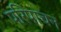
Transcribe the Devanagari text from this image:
परिपाचन